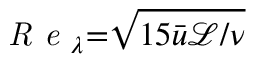
\textit { R e } _ { \lambda } { = } \sqrt { 1 5 \bar { u } \mathcal { L } / \nu }